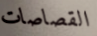
القصاصات